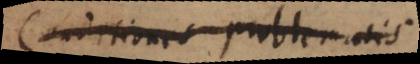
conditiones problematis